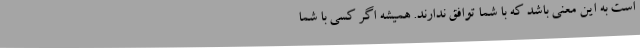
است به این معنی باشد که با شما توافق ندارند. همیشه اگر کسی با شما